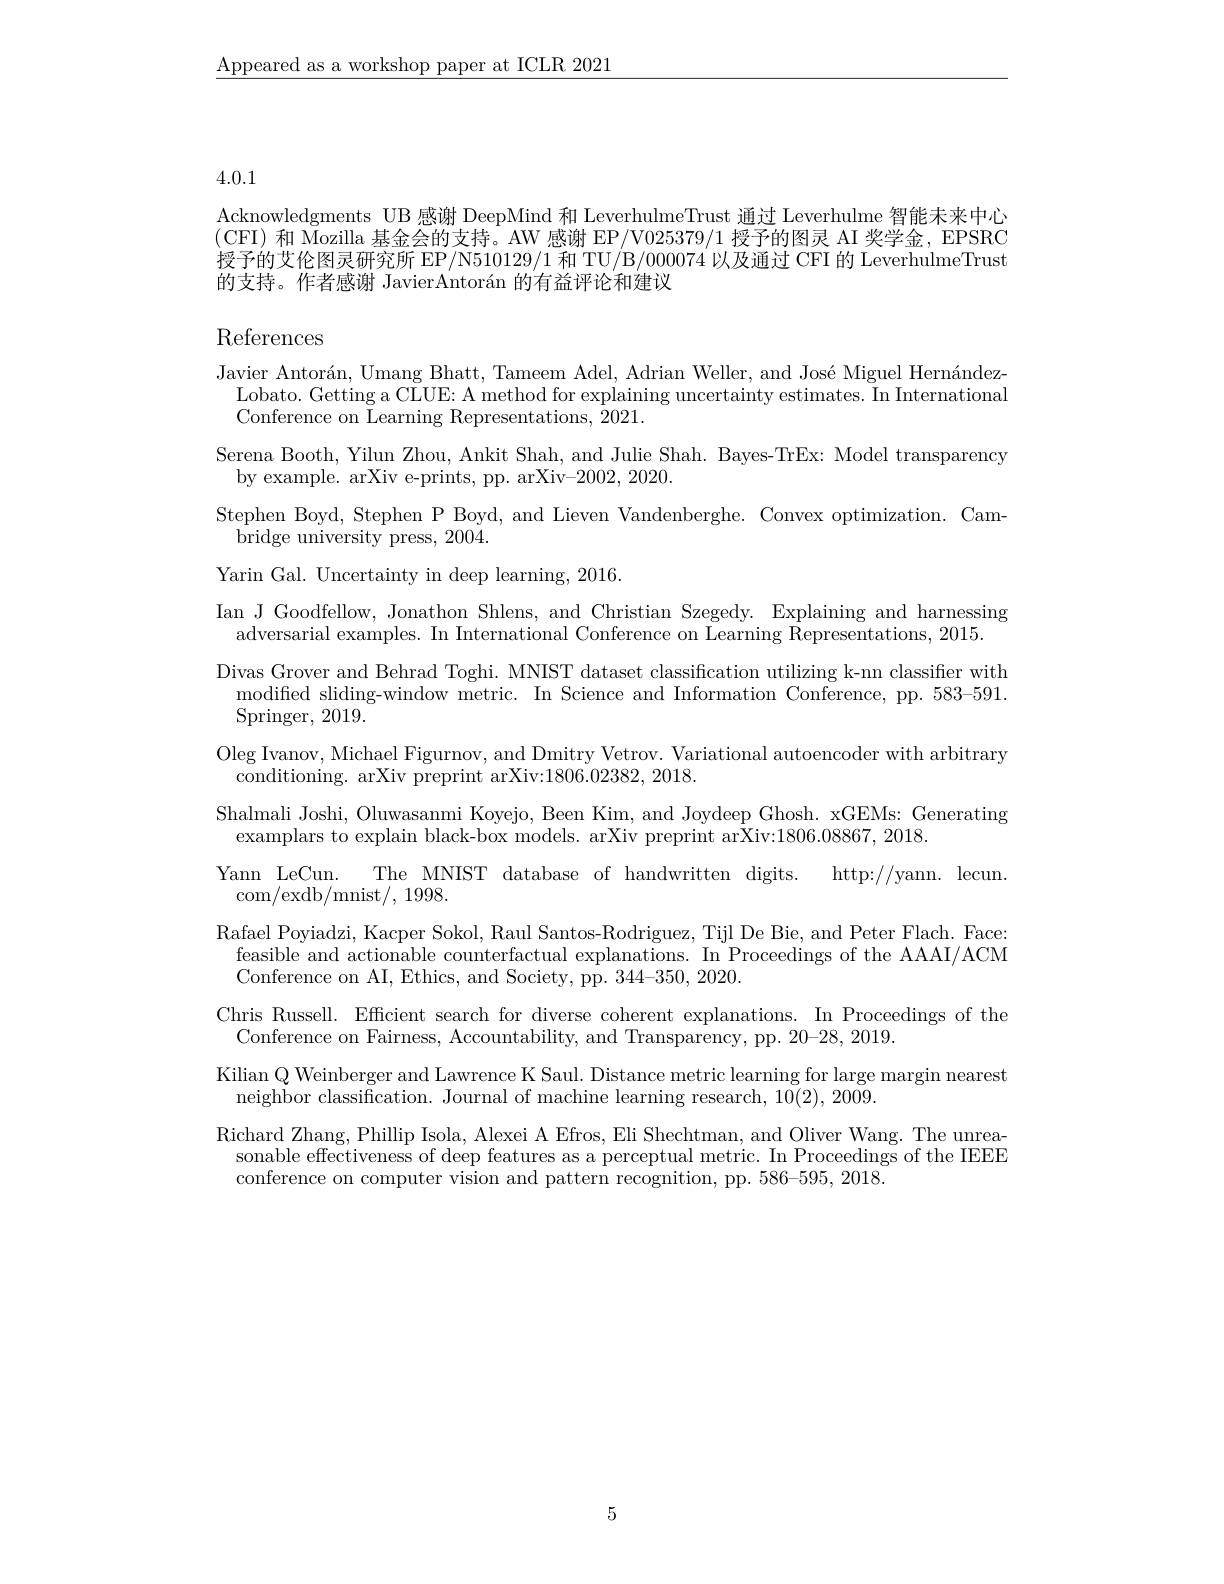
$\underline{\text{Appeared as a workshop paper at ICLR 2021}}$

4.0.1

Acknowledgments UB 感谢 DeepMind 和 LeverhulmeTrust 通过 Leverhulme 智能未来中心(CFI) 和 Mozilla 基金会的支持。AW 感谢 EP/V025379/1 授予的图灵 AI 奖学金，EPSRC 授予的艾伦图灵研究所 EP/N510129/1 和 TU/B/000074 以及通过 CFI 的 LeverhulmeTrust 的支持。作者感谢 JavierAntorán 的有益评论和建议

References

Javier Antorán, Umang Bhatt, Tameem Adel, Adrian Weller, and José Miguel HernándezLobato. Getting a CLUE: A method for explaining uncertainty estimates. In International Conference on Learning Representations, 2021.
Serena Booth, Yilun Zhou, Ankit Shah, and Julie Shah. Bayes-TrEx: Model transparency
by example. arXiv e-prints, pp. arXiv-2002, 2020.
Stephen Boyd, Stephen P Boyd, and Lieven Vandenberghe. Convex optimization. Cam-
bridge university press, 2004.
Yarin Gal. Uncertainty in deep learning, 2016.
Ian J Goodfellow, Jonathon Shlens, and Christian Szegedy. Explaining and harnessing
adversarial examples. In International Conference on Learning Representations, 2015.
Divas Grover and Behrad Toghi. MNIST dataset classification utilizing k-nn classiffer with
modified sliding-window metric. In Science and Information Conference, pp. 583-591.
Springer, 2019.
Oleg Ivanov, Michael Figurnov, and Dmitry Vetrov. Variational autoencoder with arbitrary
conditioning. arXiv preprint arXiv:1806.02382, 2018.
Shalmali Joshi, Oluwasanmi Koyejo, Been Kim, and Joydeep Ghosh. xGEMs: Generating
examplars to explain black-box models. arXiv preprint arXiv:1806.08867, 2018.
Yann LeCun. The MNIST database of handwritten digits. http://yann. lecun.
com/exdb/mnist/, 1998.
Rafael Poyiadzi, Kacper Sokol, Raul Santos-Rodriguez, Tijl De Bie, and Peter Flach. Face: feasible and actionable counterfactual explanati Conference on AI, Ethics, and Society, pp. 344-350, 2020.
Chris Russell. Efficient search for diverse coherent explanations. In Proceedings of the
Conference on Fairness, Accountability, and Transparency, pp. 20-28, 2019.
Kilian Q Weinberger and Lawrence K Saul. Distance metric learning for large margin nearest
neighbor classification. Journal of machine learning research, 10(2), 2009.
Richard Zhang, Phillip Isola, Alexei A Efros, Eli Shechtman, and Oliver Wang. The unreasonable effectiveness of deep features as a perceptual metric. In Proceedings of the IEEE conference on computer vision and pattern recognition, pp. 586-595, 2018.

5